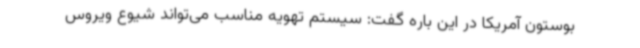
بوستون آمریکا در این باره گفت: سیستم تهویه مناسب می‌تواند شیوع ویروس